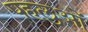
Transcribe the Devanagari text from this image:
पहलुओें